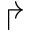
\Rsh